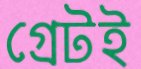
গ্রেটই